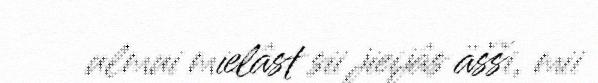
ulmui mielâst sii jieijâs äšši, mii